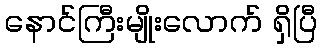
နောင်ကြီးမျိုးလောက် ရှိပြီ